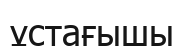
ұстағышы